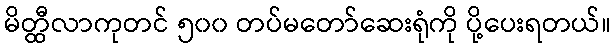
မိတ္ထီလာကုတင် ၅၀၀ တပ်မတော်ဆေးရုံကို ပို့ပေးရတယ်။